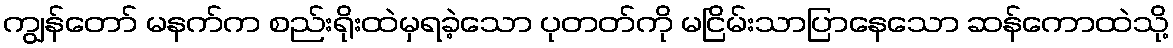
ကျွန်တော် မနက်က စည်းရိုးထဲမှရခဲ့သော ပုတတ်ကို မငြိမ်းသာပြာနေသော ဆန်ကောထဲသို့